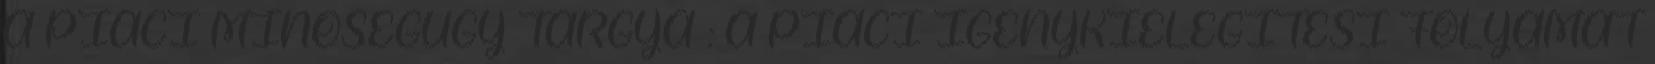
A PIACI MINŐSÉGÜGY TÁRGYA : A PIACI IGÉNYKIELÉGÍTÉSI FOLYAMAT